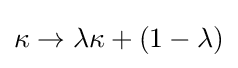
\kappa \rightarrow \lambda \kappa +(1-\lambda )